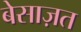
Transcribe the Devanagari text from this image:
बेसाज़त